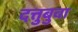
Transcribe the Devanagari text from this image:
दत्तुबुवा